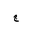
Letter: _gim